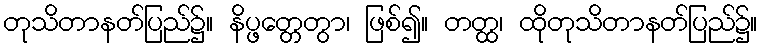
တုသိတာနတ်ပြည်၌။ နိပ္ဖတ္တေတွာ၊ ဖြစ်၍။ တတ္ထ၊ ထိုတုသိတာနတ်ပြည်၌။